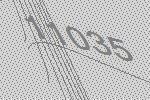
11035